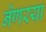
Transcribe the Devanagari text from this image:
नेणरया